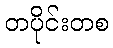
တပိုင်းတစ